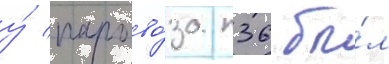
у́ парово́за п36 бы́л